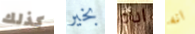
كذلك بخير اباه انه